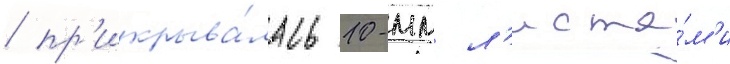
/ пр'икрыва́лась 10-мм л'иста́м'и